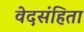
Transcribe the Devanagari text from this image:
वेदसंहिता